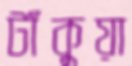
টাঁকুয়া